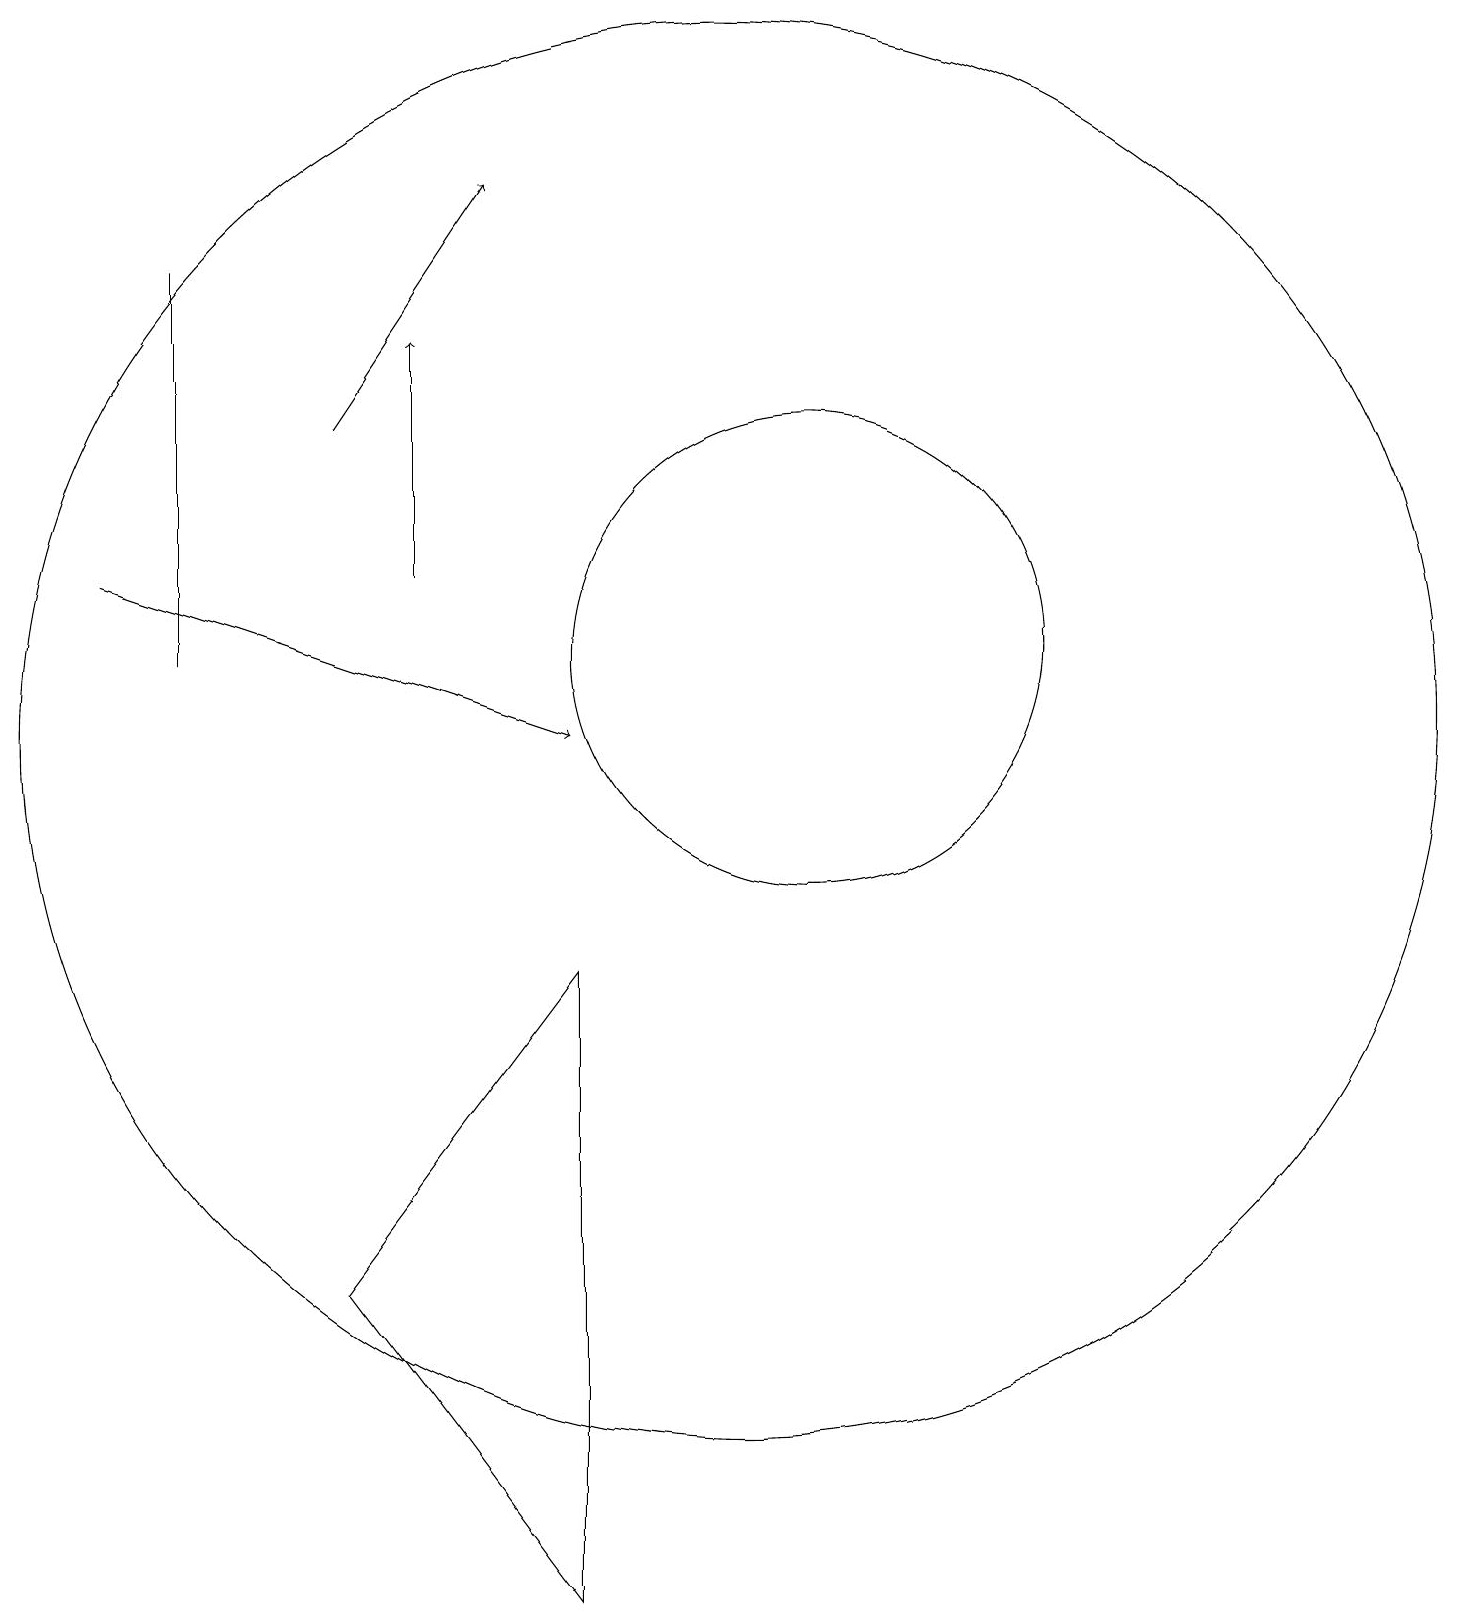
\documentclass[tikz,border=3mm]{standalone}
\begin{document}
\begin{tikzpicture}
\draw[->] (3,13) -- (9,11);
\draw (12,12) circle (3);
\draw (11,11) circle (9);
\draw[->] (7,13) -- (7,16);
\draw (4,17) rectangle (4,12);
\draw (9,8) -- (9,0) -- (6,4) -- cycle;
\draw[->] (6,15) -- (8,18);
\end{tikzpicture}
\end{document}